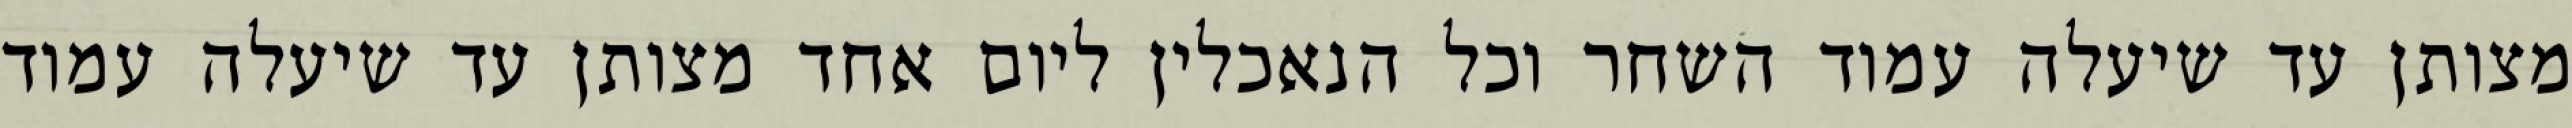
מצותן עד שיעלה עמוד השחר וכל הנאכלין ליום אחד מצותן עד שיעלה עמוד